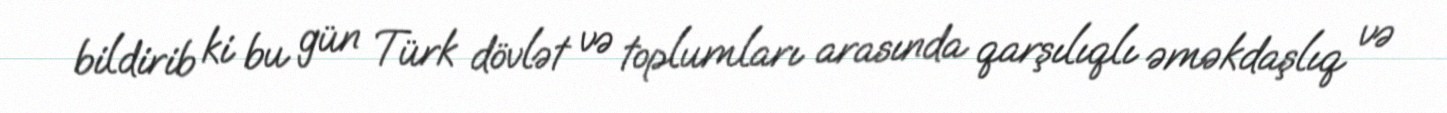
bildirib ki bu gün Türk dövlət və toplumları arasında qarşılıqlı əməkdaşlıq və